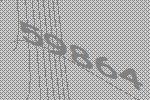
59864